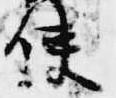
使